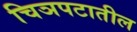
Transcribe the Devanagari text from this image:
चिञपटातील